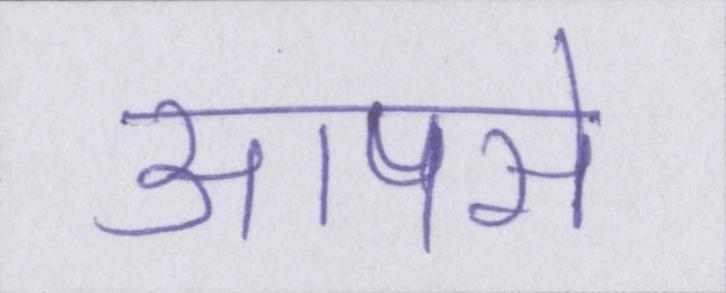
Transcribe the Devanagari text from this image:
आपसे